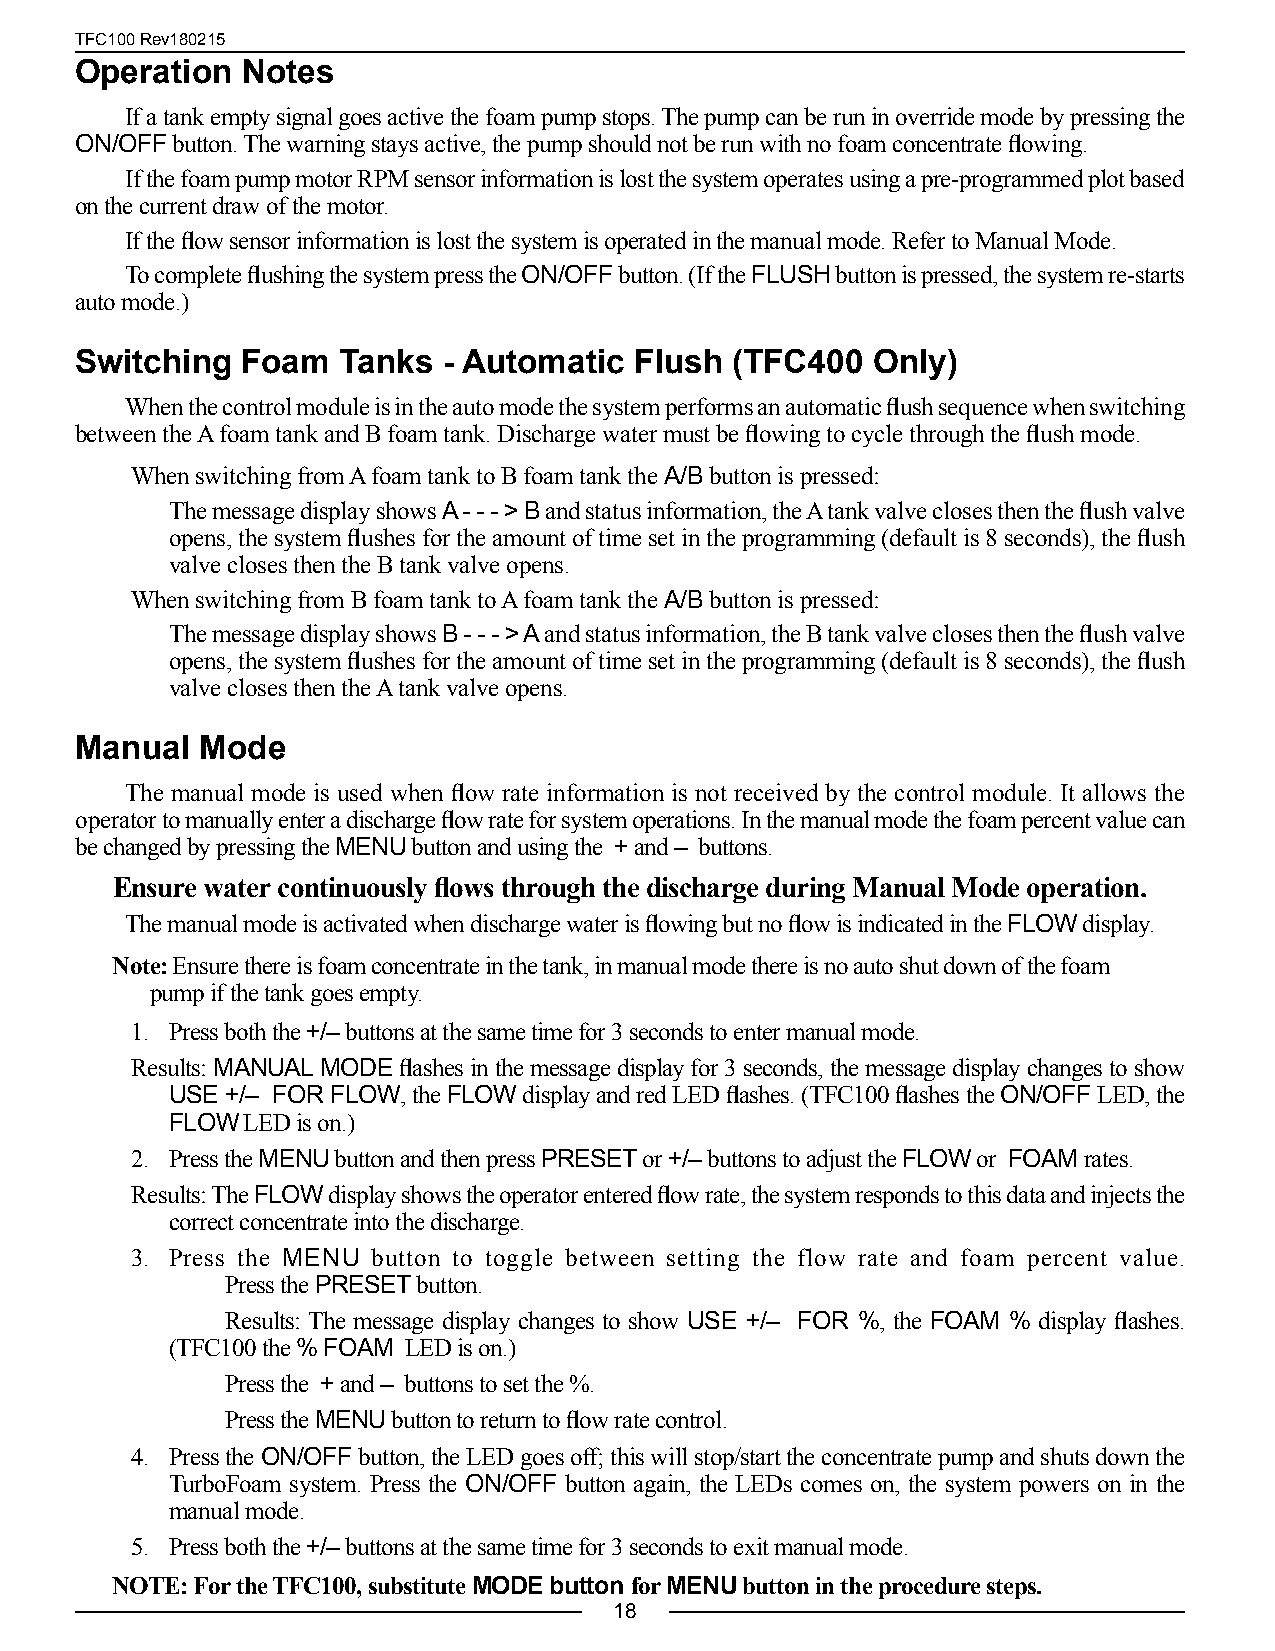
TFC100 Rev180215
 Operation  Notes
 If a tank empty signal goes active the foam pump stops. The pump can be run in override mode by pressing the
 ON/OFF button. The warning stays active, the pump should not be run with no foam concentrate flowing.
 If the foam pump motor RPM sensor information is lost the system operates using a pre-programmed plot based
 on the current draw of the motor.
 If the flow sensor information is lost the system is operated in the manual mode. Refer to Manual Mode.
 To complete flushing the system press the ON/OFF button. (If the FLUSH button is pressed, the system re-starts
 auto mode.)
 Switching  Foam   Tanks - Automatic  Flush (TFC400   Only)
 When the control module is in the auto mode the system performs an automatic flush sequence when switching
 between the A foam tank and B foam tank. Discharge water must be flowing to cycle through the flush mode.
 When switching from A foam tank to B foam tank the A/B button is pressed:
 The message display shows A - - - > B and status information, the A tank valve closes then the flush valve
 opens, the system flushes for the amount of time set in the programming (default is 8 seconds), the flush
 valve closes then the B tank valve opens.
 When switching from B foam tank to A foam tank the A/B button is pressed:
 The message display shows B - - - > A and status information, the B tank valve closes then the flush valve
 opens, the system flushes for the amount of time set in the programming (default is 8 seconds), the flush
 valve closes then the A tank valve opens.
 Manual  Mode
 The manual mode is used when flow rate information is not received by the control module. It allows the
 operator to manually enter a discharge flow rate for system operations. In the manual mode the foam percent value can
 be changed by pressing the MENU button and using the + and – buttons.
 Ensure water continuously flows through the discharge during Manual Mode operation.
 The manual mode is activated when discharge water is flowing but no flow is indicated in the FLOW display.
 Note: Ensure there is foam concentrate in the tank, in manual mode there is no auto shut down of the foam
 pump if the tank goes empty.
 1. Press both the +/– buttons at the same time for 3 seconds to enter manual mode.
 Results: MANUAL MODE flashes in the message display for 3 seconds, the message display changes to show
 USE +/– FOR FLOW, the FLOW display and red LED flashes. (TFC100 flashes the ON/OFF LED, the
 FLOW LED is on.)
 2. Press the MENU button and then press PRESET or +/– buttons to adjust the FLOW or FOAM rates.
 Results: The FLOW display shows the operator entered flow rate, the system responds to this data and injects the
 correct concentrate into the discharge.
 3. Press the MENU button to toggle between setting the flow rate and foam percent value.
 Press the PRESET button.
 Results: The message display changes to show USE +/– FOR %, the FOAM % display flashes.
 (TFC100 the % FOAM LED is on.)
 Press the + and – buttons to set the %.
 Press the MENU button to return to flow rate control.
 4. Press the ON/OFF button, the LED goes off; this will stop/start the concentrate pump and shuts down the
 TurboFoam system. Press the ON/OFF button again, the LEDs comes on, the system powers on in the
 manual mode.
 5. Press both the +/– buttons at the same time for 3 seconds to exit manual mode.
 NOTE: For the TFC100, substitute MODE button for MENU button in the procedure steps.
 18